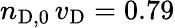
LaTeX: n_{\mathrm{D},0}\, v_{\mathrm{D}}=0.79